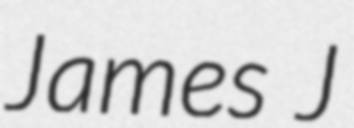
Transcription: James J